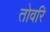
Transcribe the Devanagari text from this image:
तोवरि